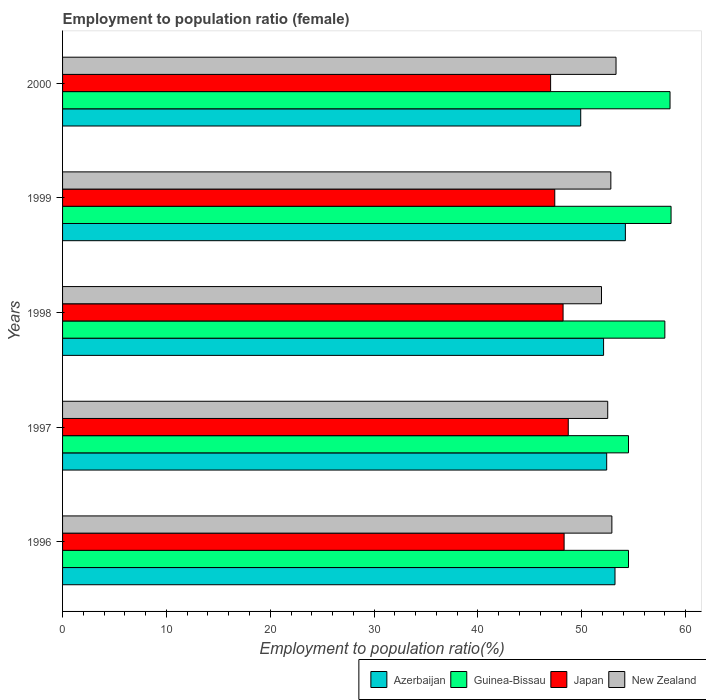
| Years | Azerbaijan | Guinea-Bissau | Japan | New Zealand |
 | --- | --- | --- | --- | --- |
 | 1996 | 53.2 | 54.5 | 48.3 | 52.9 |
 | 1997 | 52.4 | 54.5 | 48.7 | 52.5 |
 | 1998 | 52.1 | 58 | 48.2 | 51.9 |
 | 1999 | 54.2 | 58.6 | 47.4 | 52.8 |
 | 2000 | 49.9 | 58.5 | 47 | 53.3 |